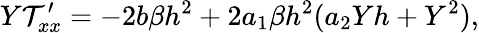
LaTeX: Y\mathcal{T}_{xx}^{\prime}=-2b\beta h^{2}+2a_{1}\beta h^{2}(a_{2}Yh+Y^{2}),